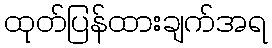
ထုတ်ပြန်ထားချက်အရ